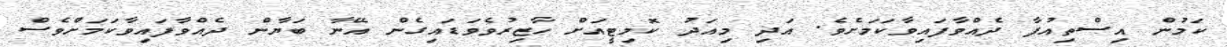
ކަމުން އިސްތިއުފާ ދެއްވާފައިވާކަމަށެވެ. އަދި މިއަދު ކޮމިޓީއަށް ހާޒިރުވެވަޑައިގެން އޭނާ ބަޔާން ދެއްވާފައިވާކަމަށްވެސް